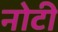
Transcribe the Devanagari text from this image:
नोटी